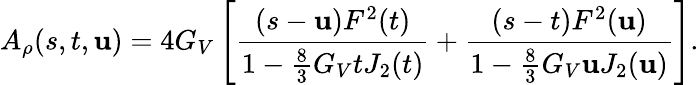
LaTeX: A_{\rho}(s,t,\mathbf{u})=4G_{V}\left[\frac{{(s-\mathbf{u})F^{2}(t)}}{{1-\frac{{8}}{{3}}G_{V}tJ_{2}(t)}}+\frac{{(s-t)F^{2}(\mathbf{u})}}{{1-\frac{{8}}{{3}}G_{V}\mathbf{u}J_{2}(\mathbf{u})}}\right].